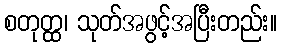
စတုတ္ထ၊ သုတ်အဖွင့်အပြီးတည်း။